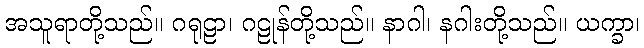
အသူရာတို့သည်။ ဂရုဠာ၊ ဂဠုန်တို့သည်။ နာဂါ၊ နဂါးတို့သည်။ ယက္ခာ၊